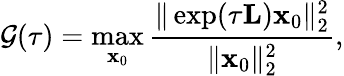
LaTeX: \mathcal{G}(\tau)=\operatorname*{max}_{\mathbf{x}_{0}}\frac{\| \exp(\tau\mathbf{L})\mathbf{x}_{0}\| _{2}^{2}}{\| \mathbf{x}_{0}\| _{2}^{2}},